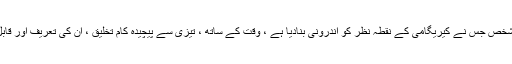
کوئی بھی شخص جس نے کیریگامی کے نقطہ نظر کو اندرونی بنادیا ہے ، وقت کے ساتھ ، تیزی سے پیچیدہ کام تخلیق ، ان کی تعریف اور قابل بنائے گا۔